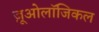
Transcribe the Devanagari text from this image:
ज़ूओलॉजिकल